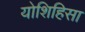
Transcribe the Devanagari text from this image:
योशिहिसा